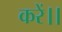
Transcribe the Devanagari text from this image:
करें।।